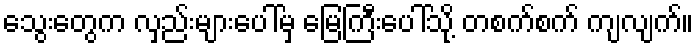
သွေးတွေက လှည်းများပေါ်မှ မြေကြီးပေါ်သို့ တစက်စက် ကျလျက်။